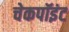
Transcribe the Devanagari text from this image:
चेकपॉइंट